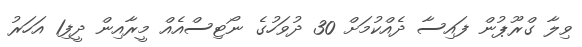
ވިލާ ގްރޫޕުން ފައިސާ ދެއްކުމަށް 30 ދުވަހުގެ ނޯޓިސްއެއް މީރާއިން ދީފި1 އަހަރު